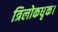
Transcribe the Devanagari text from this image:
त्रिलोकधृक।